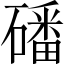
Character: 磻